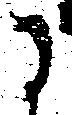
に